Vaccination North-Western Provinces 1866-1877 - 1866-1877
Year: 1866
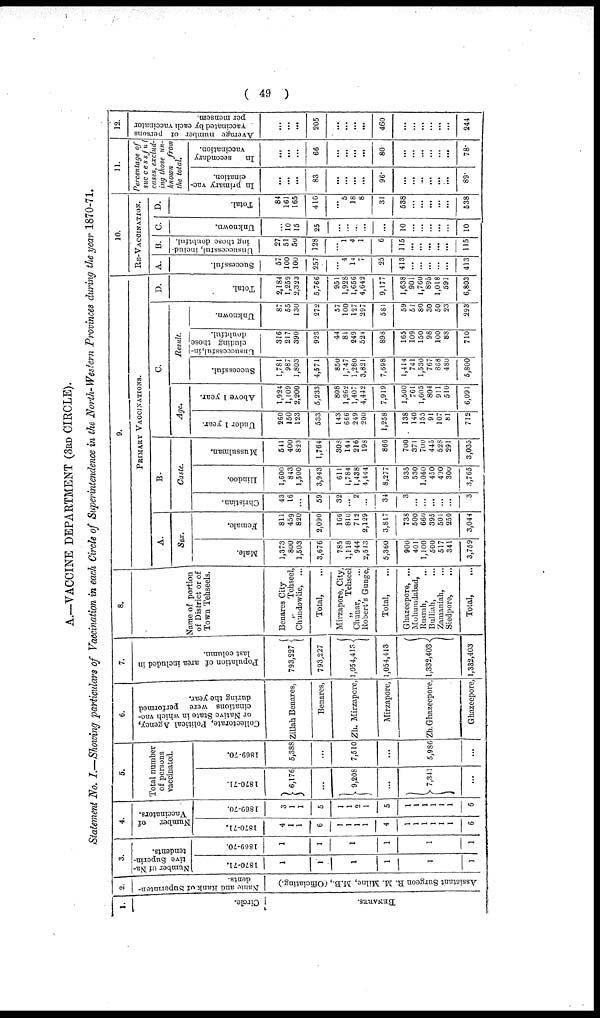
( 49 )
A.—VACCINE DEPARTMENT (3RD CIRCLE).
Statement No. 1.—Showing particulars of Vaccination in each Circle of Superintendence in the North- Western Provinces during the year 1870-71.
1.
Circle.
BENARES.
2.
Name and Rank
of Superinten-
dents.
As s i
s t
ant Sur ge on R. M. Mi l
ne, M.B., (Officiating.)
3.
Number of Na-
tive Superin-
tendents.
1870-71.
1
1
1
1
1
1
1869-70.
1
1
1
1
1
1
4.
Number
of
Vaccinators.
1870-71.
4
1
1
6
1
1
1
1
4
1
1
1
1
1
1
6
1869-70.
3
1
1
5
1
1
2
1
5
1
1
1
1
1
1
6
5.
Total number
of persons
vaccinated.
1870-71.
6,176
...
9,208
...
7,341
...
1869-70.
5,388
...
7,510
...
5,986
...
6.
Collectorate, Political Agency,
or Native State in which vac-
cinations were performed
during the year.
Zillah Benares,
Benares,
Zh. Mirzapore,
Mirzapore,
Zh.Ghazeepore,
Ghazeepore,
7.
Population of area included in
last column.
793,227
793,227
1,054,413
1,054,413
1,332,403
1,332,403
8.
Name of portion
of District or of
Town Tehseels.
Benares City
„ Tehseel,
Chundowlie, ...
Total, ...
Mirzapore, City,
„
Tehseel
Chunar, ...
Robert's Gunge,
Total, ...
Ghazeepore, ...
Mohumdabad,
Rusrah,
...
Bulliah, ...
Zamaniah, ...
Siedpore, ...
Total, ...
9.
PRIMARY VACCINATIONS.
A. Sex.
Male.
1,373
800
1,503
3,676
785
1,118
944
2,513
5,360
900
401
1,100
500
517
341
3,759
Female.
811
459
820
2,090
166
810
712
2,129
3,817
738
500
660
395
501
250
3,044
B.
Caste.
Christian.
43
16
...
59
32
...
2
...
34
3
...
...
...
...
...
3
Hindoo.
1,600
843
1,500
3,943
611
1,784
1,438
4,444
8,277
935
530
1,060
450
490
300
3,765
Mussulman.
541
400
823
1,764
308
144
216
198
866
700
371
700
445
528
291
3,035
C.
Age.
Under 1 year.
260
150
123
533
143
666
249
200
1,258
138
140
155
91
107
81
712
Above 1 year.
1,924
1,109
2,200
5,233
808
1,262
1,407
4,442
7,919
1,500
761
1,605
804
911
510
6,091
Result.
Successful.
1,781
987
1,803
4,571
850
1,747
1,280
3,821
7,698
1,414
741
1,530
767
868
480
5,800
Unsuccessful, in-
cluding those
doubtful.
316
217
390
923
44
81
249
524
898
165
109
150
98
100
88
710
Unknown.
87
55
130
272
57
100
127
297
581
59
51
80
30
50
23
293
D.
Total.
2,184
1,259
2,323
5,766
951
1,928
1,656
4,642
9,177
1,638
901
1,760
895
1,018
591
6,803
10.
RE-VACCINATION.
A.
Successful.
57
100
100
257
...
4
14
7
25
413
...
...
...
...
...
413
B.
Unsuccessful, includ-
ing those doubtful.
27
51
50
128
...
1
4
1
6
115
...
...
...
...
...
115
C.
Unknown.
...
10
15
25
...
...
...
...
...
10
...
...
...
...
...
10
D.
Total.
84
161
165
410
...
5
18
8
31
538
...
...
...
...
...
538
11.
Percentage of
successful
cases, exclud-
ing those un-
known from
the total.
In primary vac-
cination.
...
...
...
83
...
...
...
...
96.
...
...
...
...
...
...
89.
In
secondary
vaccination.
...
...
...
66
...
...
...
...
80
...
...
...
...
...
...
78.
12.
Average number of persons
vaccinated
by each vaccinator
per mensem.
...
...
...
205
...
...
...
...
460
...
...
...
...
...
...
244